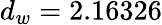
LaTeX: d_{w}=2.16326